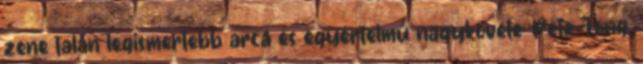
zene talán legismertebb arca és egyértelmű nagykövete: Pete Tong,